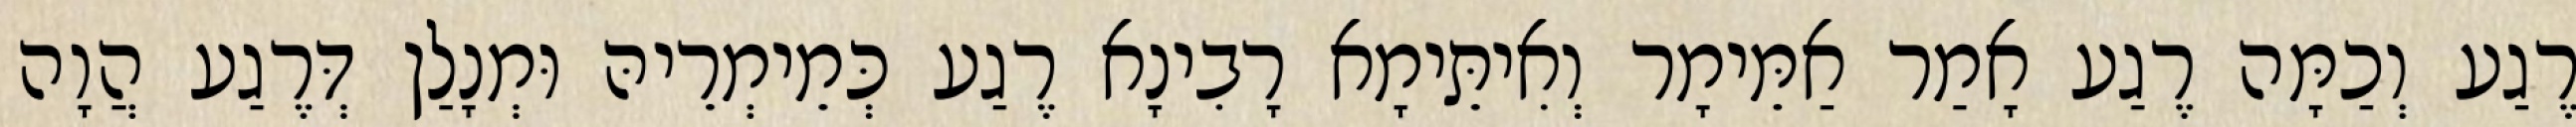
רֶגַע וְכַמָּה רֶגַע אָמַר אַמֵּימָר וְאִיתֵּימָא רָבִינָא רֶגַע כְּמֵימְרֵיהּ וּמְנָלַן דְּרֶגַע הֲוָה